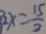
3 x = \frac { 1 5 } { 2 }